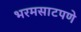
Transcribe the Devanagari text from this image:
भरमसाटपणे